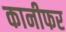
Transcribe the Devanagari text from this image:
कानीफर